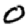
Digit: 0